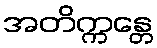
အတိက္ကန္တေ